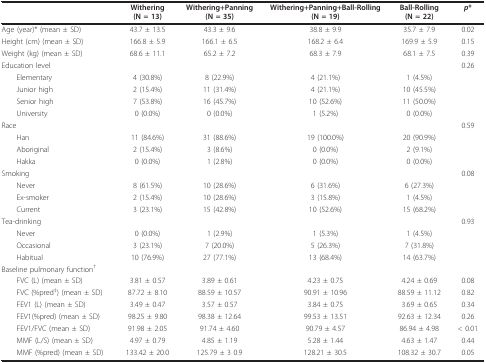
<table><thead><tr><td></td><td><b>Withering(N = 13)</b></td><td><b>Withering+Panning(N = 35)</b></td><td><b>Withering+Panning+Ball-Rolling(N = 19)</b></td><td><b>Ball-Rolling(N = 22)</b></td><td><b><i>p</i>*</b></td></tr></thead><tbody><tr><td>Age (year)* (mean ± SD)</td><td>43.7 ± 13.5</td><td>43.3 ± 9.6</td><td>38.8 ± 9.9</td><td>35.7 ± 7.9</td><td>0.02</td></tr><tr><td>Height (cm) (mean ± SD)</td><td>166.8 ± 5.9</td><td>166.1 ± 6.5</td><td>168.2 ± 6.4</td><td>169.9 ± 5.9</td><td>0.15</td></tr><tr><td>Weight (kg) (mean ± SD)</td><td>68.6 ± 11.1</td><td>65.2 ± 7.2</td><td>68.3 ± 7.9</td><td>68.1 ± 7.5</td><td>0.39</td></tr><tr><td>Education level</td><td></td><td></td><td></td><td></td><td>0.26</td></tr><tr><td> Elementary</td><td>4 (30.8%)</td><td>8 (22.9%)</td><td>4 (21.1%)</td><td>1 (4.5%)</td><td></td></tr><tr><td> Junior high</td><td>2 (15.4%)</td><td>11 (31.4%)</td><td>4 (21.1%)</td><td>10 (45.5%)</td><td></td></tr><tr><td> Senior high</td><td>7 (53.8%)</td><td>16 (45.7%)</td><td>10 (52.6%)</td><td>11 (50.0%)</td><td></td></tr><tr><td> University</td><td>0 (0.0%)</td><td>0 (0.0%)</td><td>1 (5.2%)</td><td>0 (0.0%)</td><td></td></tr><tr><td>Race</td><td></td><td></td><td></td><td></td><td>0.59</td></tr><tr><td> Han</td><td>11 (84.6%)</td><td>31 (88.6%)</td><td>19 (100.0%)</td><td>20 (90.9%)</td><td></td></tr><tr><td> Aboriginal</td><td>2 (15.4%)</td><td>3 (8.6%)</td><td>0 (0.0%)</td><td>2 (9.1%)</td><td></td></tr><tr><td> Hakka</td><td>0 (0.0%)</td><td>1 (2.8%)</td><td>0 (0.0%)</td><td>0 (0.0%)</td><td></td></tr><tr><td>Smoking</td><td></td><td></td><td></td><td></td><td>0.08</td></tr><tr><td> Never</td><td>8 (61.5%)</td><td>10 (28.6%)</td><td>6 (31.6%)</td><td>6 (27.3%)</td><td></td></tr><tr><td> Ex-smoker</td><td>2 (15.4%)</td><td>10 (28.6%)</td><td>3 (15.8%)</td><td>1 (4.5%)</td><td></td></tr><tr><td> Current</td><td>3 (23.1%)</td><td>15 (42.8%)</td><td>10 (52.6%)</td><td>15 (68.2%)</td><td></td></tr><tr><td>Tea-drinking</td><td></td><td></td><td></td><td></td><td>0.93</td></tr><tr><td> Never</td><td>0 (0.0%)</td><td>1 (2.9%)</td><td>1 (5.3%)</td><td>1 (4.5%)</td><td></td></tr><tr><td> Occasional</td><td>3 (23.1%)</td><td>7 (20.0%)</td><td>5 (26.3%)</td><td>7 (31.8%)</td><td></td></tr><tr><td> Habitual</td><td>10 (76.9%)</td><td>27 (77.1%)</td><td>13 (68.4%)</td><td>14 (63.7%)</td><td></td></tr><tr><td>Baseline pulmonary function<sup>†</sup></td><td></td><td></td><td></td><td></td><td></td></tr><tr><td> FVC (L) (mean ± SD)</td><td>3.81 ± 0.57</td><td>3.89 ± 0.61</td><td>4.23 ± 0.75</td><td>4.24 ± 0.69</td><td>0.08</td></tr><tr><td> FVC (%pred<sup>‡</sup>) (mean ± SD)</td><td>87.72 ± 8.10</td><td>88.59 ± 10.57</td><td>90.91 ± 10.96</td><td>88.59 ± 11.12</td><td>0.82</td></tr><tr><td> FEV1 (L) (mean ± SD)</td><td>3.49 ± 0.47</td><td>3.57 ± 0.57</td><td>3.84 ± 0.75</td><td>3.69 ± 0.65</td><td>0.34</td></tr><tr><td> FEV1(%pred) (mean ± SD)</td><td>98.25 ± 9.80</td><td>98.38 ± 12.64</td><td>99.53 ± 13.51</td><td>92.63 ± 12.34</td><td>0.26</td></tr><tr><td> FEV1/FVC (mean ± SD)</td><td>91.98 ± 2.05</td><td>91.74 ± 4.60</td><td>90.79 ± 4.57</td><td>86.94 ± 4.98</td><td>&lt; 0.01</td></tr><tr><td> MMF (L/S) (mean ± SD)</td><td>4.97 ± 0.79</td><td>4.85 ± 1.19</td><td>5.28 ± 1.44</td><td>4.63 ± 1.47</td><td>0.44</td></tr><tr><td> MMF (%pred) (mean ± SD)</td><td>133.42 ± 20.0</td><td>125.79 ± 3 0.9</td><td>128.21 ± 30.5</td><td>108.32 ± 30.7</td><td>0.05</td></tr></tbody></table>